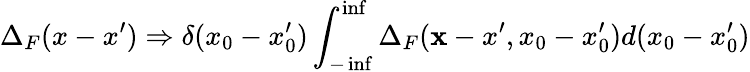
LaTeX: \Delta_{F}(x-x^{\prime})\Rightarrow\delta(x_{0}-x_{0}^{\prime})\int_{-\operatorname*{inf}}^{\operatorname*{inf}}\Delta_{F}({\mathbf x-x^{\prime}},x_{0}-x_{0}^{\prime})d(x_{0}-x_{0}^{\prime})